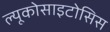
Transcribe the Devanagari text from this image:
ल्यूकोसाइटोसिस